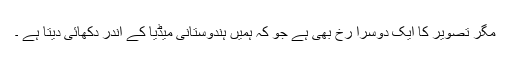
مگر تصویر کا ایک دوسرا رخ بھی ہے جو کہ ہمیں ہندوستانی میڈیا کے اندر دکھائی دیتا ہے ۔